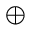
\oplus